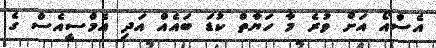
އެސްއޯ އަށް ވުރެ މާ ހަޔާތް ކުޑަ ބައެއް އަދި އެމްސީއެސް ގެ